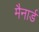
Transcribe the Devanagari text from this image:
मैनार्ड